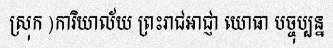
ស្រុក )ការិយាល័យ ព្រះរាជអាជ្ញា យោធា បច្ចុប្បន្ន